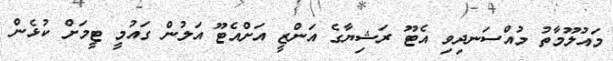
މައުލޫމާތު މުއްސަނދިވި އެޓޫ ރަޝިޔާގެ އަންޒީ އަށްއެޓޫ އަލުން ގައުމީ ޓީމަށް ކުޅެން